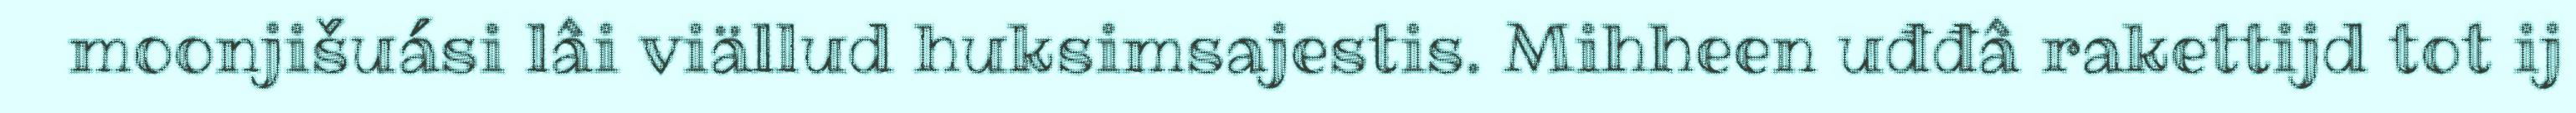
moonjišuási lâi viällud huksimsajestis. Mihheen uđđâ rakettijd tot ij